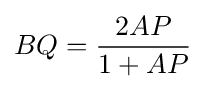
BQ={\frac {2AP}{1+AP}}